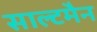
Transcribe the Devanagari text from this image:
साल्टमैन